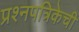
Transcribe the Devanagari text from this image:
प्रश्नपत्रिकेची